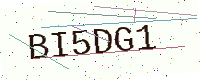
Text: BI5DG1